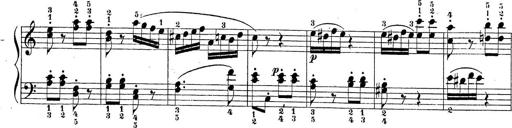
Title: Sonatina Album
Composer: Louis KÃ¶hler